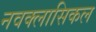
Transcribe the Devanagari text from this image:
नवक्लासिकल